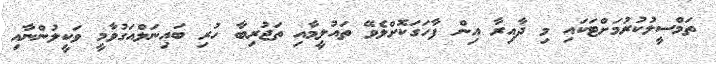
ތަމްސީލުކުރުމަށްޓަކައި މި ދާއިރާ އިން ފާހަގަކޮށްލެވޭ ތައުލީމާއި ތަޖުރިބާ ހުރި ބައިނަލްއަގުވާމީ ވަކީލުންނާއި